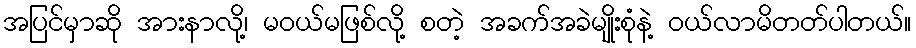
အပြင်မှာဆို အားနာလို့၊ မဝယ်မဖြစ်လို့ စတဲ့ အခက်အခဲမျိုးစုံနဲ့ ဝယ်လာမိတတ်ပါတယ်။